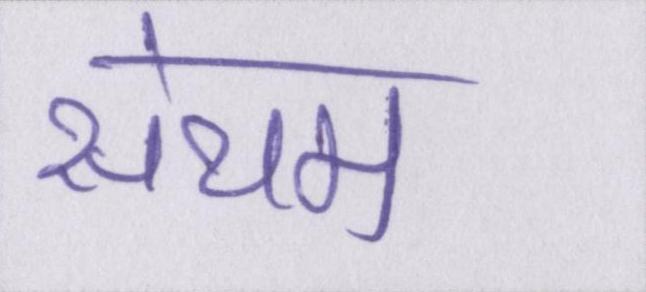
संयम